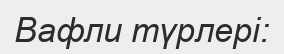
Вафли түрлері: